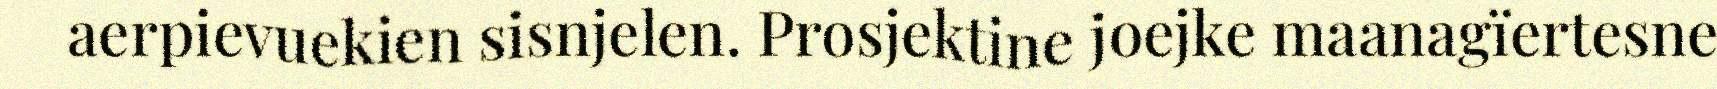
aerpievuekien sisnjelen. Prosjektine joejke maanagïertesne